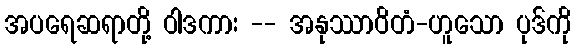
အပရေဆရာတို့ ဝါဒကား -- အနုဿာဝိတံ-ဟူသော ပုဒ်ကို